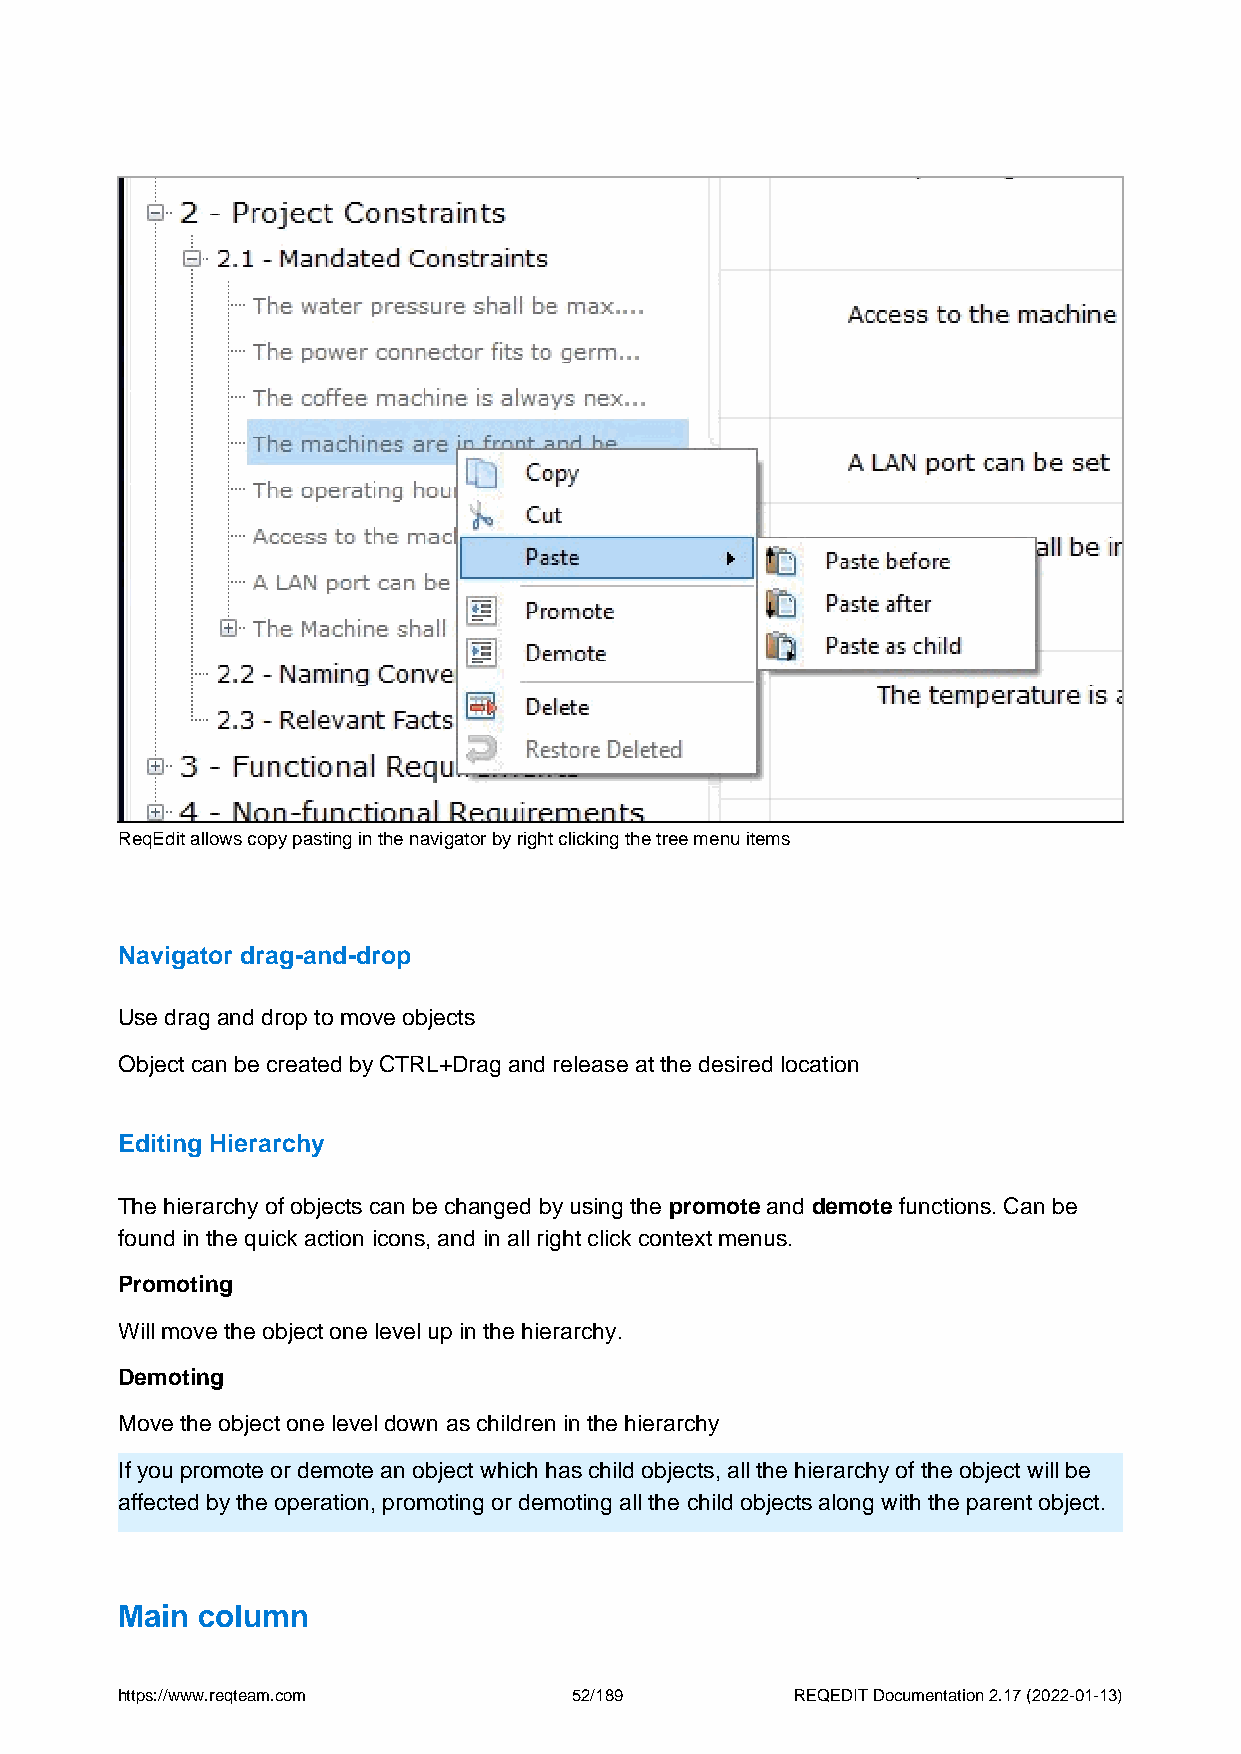
ReqEdit allows copy pasting in the navigator by right clicking the tree menu items
 Navigator drag-and-drop
 Use drag and drop to move objects
 Object can be created by CTRL+Drag and release at the desired location
 Editing Hierarchy
 The hierarchy of objects can be changed by using the promote and demote functions. Can be
 found in the quick action icons, and in all right click context menus.
 Promoting
 Will move the object one level up in the hierarchy.
 Demoting
 Move the object one level down as children in the hierarchy
 If you promote or demote an object which has child objects, all the hierarchy of the object will be
 affected by the operation, promoting or demoting all the child objects along with the parent object.
 Main column
 https://www.reqteam.com       52/189         REQEDIT Documentation 2.17 (2022-01-13)